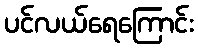
ပင်လယ်ရေကြောင်း